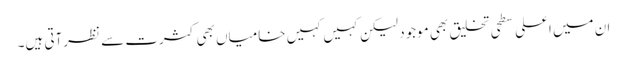
ان میں اعلی سطحی تخلیق بھی موجود لیکن کہیں کہیں خامیاں بھی کثرت سے نظرآتی ہیں۔